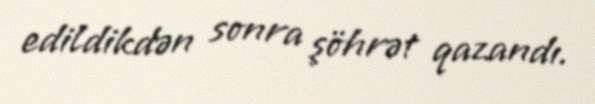
edildikdən sonra şöhrət qazandı.